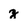
Character: z